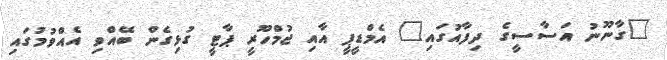
"ގާނޫނު އަސާސީގެ ދިފާއުގައި" އެމްޑީޕީ އާއި ޖުމްހޫރީ ޕާޓީ ގުޅިގެން ބޭއްވި އެއްވުމުގައި